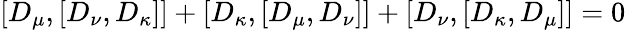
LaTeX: [D_{\mu},[D_{\nu},D_{\kappa}]]+[D_{\kappa},[D_{\mu},D_{\nu}]]+[D_{\nu},[D_{\kappa},D_{\mu}]]=0